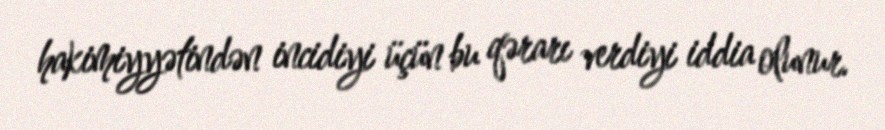
hakimiyyətindən incidiyi üçün bu qərarı verdiyi iddia olunur.